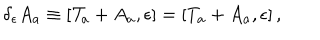
\delta _ { \epsilon } A _ { a } \equiv [ { \cal T } _ { a } + A _ { a } , \epsilon ] = [ T _ { a } + A _ { a } , \epsilon ] \, ,